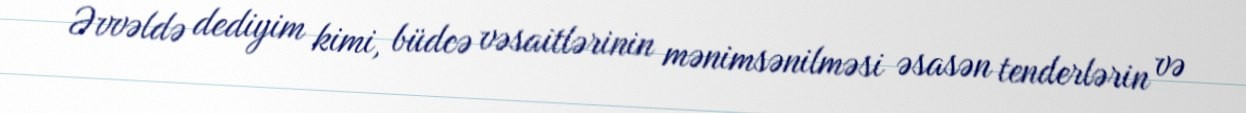
Əvvəldə dediyim kimi, büdcə vəsaitlərinin mənimsənilməsi əsasən tenderlərin və